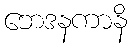
ဘေဒနကာနိ